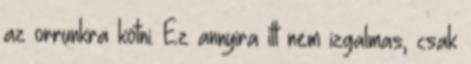
az orrunkra kötni. Ez annyira itt nem izgalmas, csak